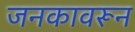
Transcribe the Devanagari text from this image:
जनकावरून